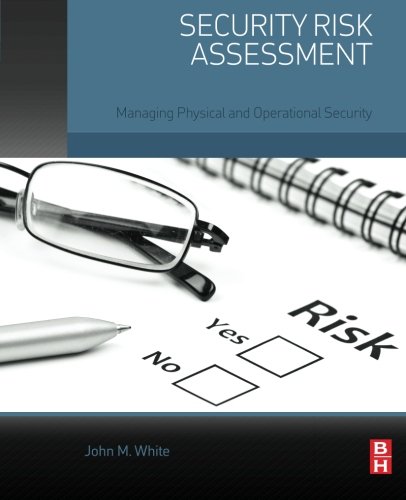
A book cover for Security Risk Assessment: Managing Physical and Operational Security; John M. White; Business & Money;